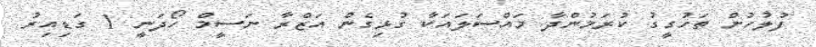
ފުލުހުން ތަހުގީގު ކުރަމުންދާ މައްސަލައަކާ ގުޅިގެން އަޒްރާ ނަސީމް ހޯދަނީ 1 ގަޑިއިރު